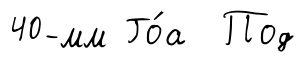
40-мм Го́а Под